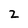
Character: 2